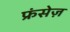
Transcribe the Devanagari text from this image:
फ्रंसेज़